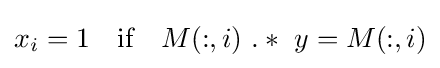
x_{i}=1~~{\text{ if }}~~M(:,i)~.*~y=M(:,i)